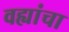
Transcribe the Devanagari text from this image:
वह्यांचा